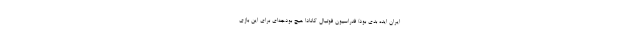
ایران ایده بدی بود/ فدراسیون فوتبال کانادا هیچ بودجه‌ای برای این بازی